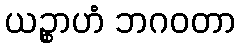
ယဉ္စာဟံ ဘဂဝတာ